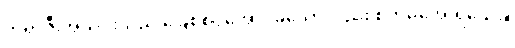
ဘရာဇီးအသင်းသည် ခြေစစ်ပွဲအောင်ခဲ့သော်လည်း စိတ်မအေးရသေး။